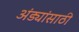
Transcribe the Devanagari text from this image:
अंड्यांसाठी